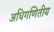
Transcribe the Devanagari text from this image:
अधिगणितीय